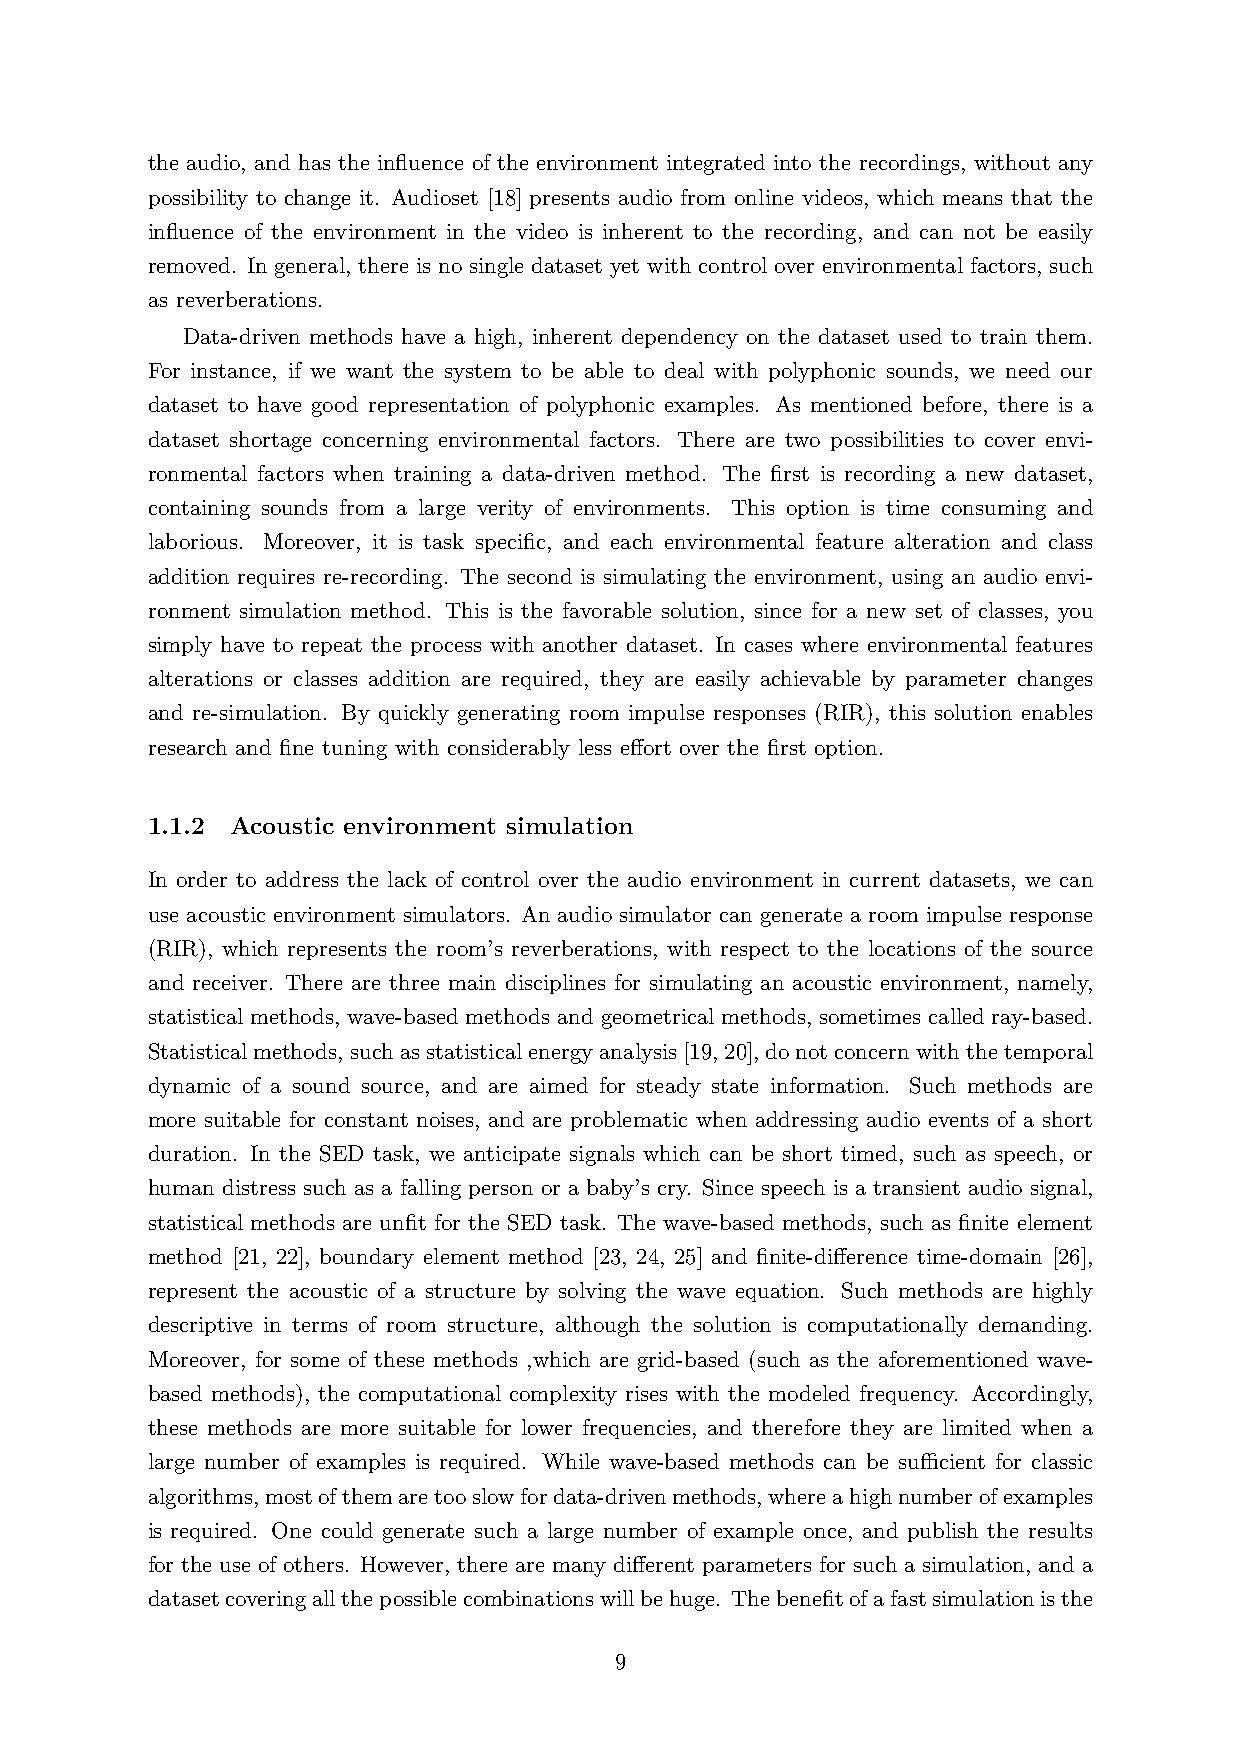
the audio, and has the influence of the environment integrated into the recordings, without any
 possibility to change it. Audioset [18] presents audio from online videos, which means that the
 influence of the environment in the video is inherent to the recording, and can not be easily
 removed. In general, there is no single dataset yet with control over environmental factors, such
 as reverberations.
 Data-driven methods have a high, inherent dependency on the dataset used to train them.
 For instance, if we want the system to be able to deal with polyphonic sounds, we need our
 dataset to have good representation of polyphonic examples. As mentioned before, there is a
 dataset shortage concerning environmental factors. There are two possibilities to cover envi-
 ronmental factors when training a data-driven method. The first is recording a new dataset,
 containing sounds from a large verity of environments. This option is time consuming and
 laborious. Moreover, it is task specific, and each environmental feature alteration and class
 addition requires re-recording. The second is simulating the environment, using an audio envi-
 ronment simulation method. This is the favorable solution, since for a new set of classes, you
 simply have to repeat the process with another dataset. In cases where environmental features
 alterations or classes addition are required, they are easily achievable by parameter changes
 and re-simulation. By quickly generating room impulse responses (RIR), this solution enables
 research and fine tuning with considerably less effort over the first option.
 1.1.2 Acoustic environment simulation
 In order to address the lack of control over the audio environment in current datasets, we can
 use acoustic environment simulators. An audio simulator can generate a room impulse response
 (RIR), which represents the room’s reverberations, with respect to the locations of the source
 and receiver. There are three main disciplines for simulating an acoustic environment, namely,
 statistical methods, wave-based methods and geometrical methods, sometimes called ray-based.
 Statisticalmethods,suchasstatisticalenergyanalysis[19,20],donotconcernwiththetemporal
 dynamic of a sound source, and are aimed for steady state information. Such methods are
 more suitable for constant noises, and are problematic when addressing audio events of a short
 duration. In the SED task, we anticipate signals which can be short timed, such as speech, or
 human distress such as a falling person or a baby’s cry. Since speech is a transient audio signal,
 statistical methods are unfit for the SED task. The wave-based methods, such as finite element
 method [21, 22], boundary element method [23, 24, 25] and finite-difference time-domain [26],
 represent the acoustic of a structure by solving the wave equation. Such methods are highly
 descriptive in terms of room structure, although the solution is computationally demanding.
 Moreover, for some of these methods ,which are grid-based (such as the aforementioned wave-
 based methods), the computational complexity rises with the modeled frequency. Accordingly,
 these methods are more suitable for lower frequencies, and therefore they are limited when a
 large number of examples is required. While wave-based methods can be suﬀicient for classic
 algorithms,mostofthemaretooslowfordata-drivenmethods,whereahighnumberofexamples
 is required. One could generate such a large number of example once, and publish the results
 for the use of others. However, there are many different parameters for such a simulation, and a
 datasetcoveringallthepossiblecombinationswillbehuge. Thebenefitofafastsimulationisthe
 9